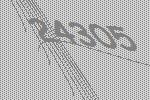
24305